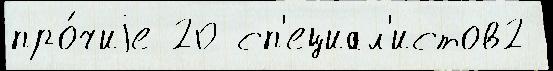
про́чиjе 20 сп'ециал'истов2